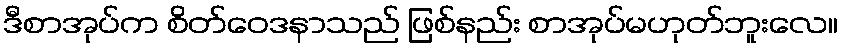
ဒီစာအုပ်က စိတ်ဝေဒနာသည် ဖြစ်နည်း စာအုပ်မဟုတ်ဘူးလေ။